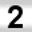
Digit: 2